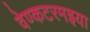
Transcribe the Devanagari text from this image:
वेण्कटरमइया